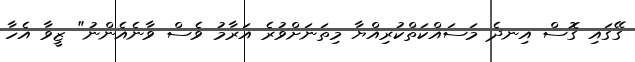
ގޭގައި ގޮސް އިނދެ މަސައްކަތްކުރިއްޔާ މިތަނަށްވުރެ އަރާމު ވެސް ވާނެއެންނު" ޒީވާ އެހާ